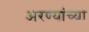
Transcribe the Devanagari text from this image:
अरण्यांच्या